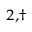
^ { 2 , \dag }